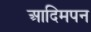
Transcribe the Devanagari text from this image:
आदिमपन